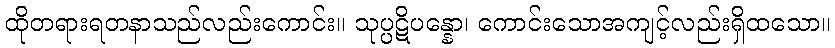
ထိုတရားရတနာသည်လည်းကောင်း။ သုပ္ပဋိပန္နော၊ ကောင်းသောအကျင့်လည်းရှိထသော။